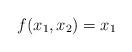
LaTeX: \begin{align*}f(x_1,x_2) = x_1 \end{align*}